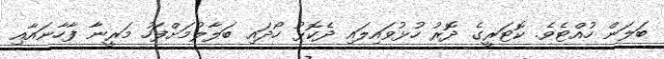
ބަލަން ހުއްޓެވެ. ކޮޓަރީގެ ދޮރު ހުޅުވައިލައި ދެކޮޅު ހޯދައި ބަލާލުމަށްފަހު މަރީނާ ފާހާނައާއި